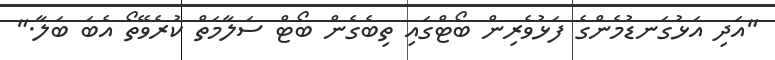
"އަދި އަޅުގަނޑުމެންގެ ފަޅުވެރިން ބޯޓްގައި ތިބެގެން ބޯޓް ސަލާމަތް ކުރެވޭތޯ އެބަ ބަލާ."